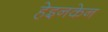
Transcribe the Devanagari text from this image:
हेइनकेन